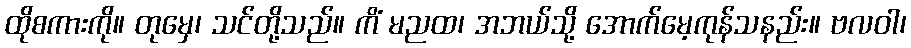
ထိုစကားကို။ တုမှေ၊ သင်တို့သည်။ ကိံ မညထ၊ အဘယ်သို့ အောက်မေ့ကုန်သနည်း။ ဗလဝါ၊